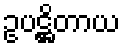
ဥပဋ္ဌိတာယ